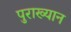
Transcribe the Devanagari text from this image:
पुराख्यान